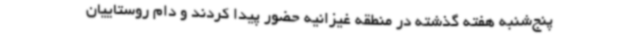
پنج‌شنبه هفته گذشته در منطقه غیزانیه حضور پیدا کردند و دام روستاییان